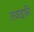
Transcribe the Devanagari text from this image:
तवाइफ़ी